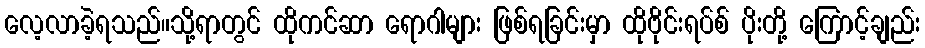
လေ့လာခဲ့ရသည်။သို့ရာတွင် ထိုကင်ဆာ ရောဂါများ ဖြစ်ရခြင်းမှာ ထိုဗိုင်းရပ်စ် ပိုးတို့ ကြောင့်ချည်း